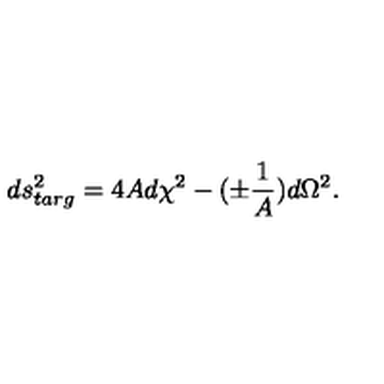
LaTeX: d s _ { t a r g } ^ { 2 } = 4 A d \chi ^ { 2 } - ( \pm { \frac { 1 } { A } } ) d \Omega ^ { 2 } .